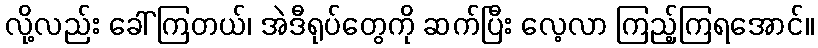
လို့လည်း ခေါ်ကြတယ်၊ အဲဒီရုပ်တွေကို ဆက်ပြီး လေ့လာ ကြည့်ကြရအောင်။